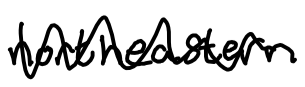
Text: northeastern
Cross-out: zig-zag
Writing tool: digital_black